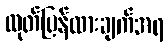
ထုတ်ပြန်ထားချက်အရ